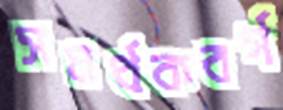
সমর্থকবর্গ